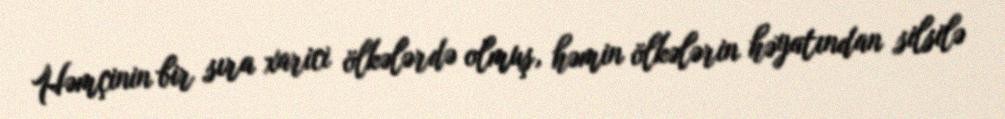
Həmçinin bir sıra xarici ölkələrdə olmuş, həmin ölkələrin həyatından silsilə